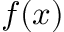
f ( x )